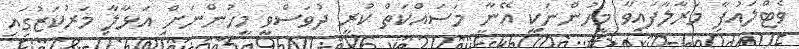
ވެޓްލައުފާ މަރާލާފައިވާ މީހުންނަކީ އޭނާ މަސައްކަތް ކުރި ދުވަސްވީ މީހުންނަށް އަޅާލާ މަރުކަޒުގައި